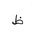
Letter: _za